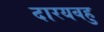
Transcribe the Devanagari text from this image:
दारयवहु